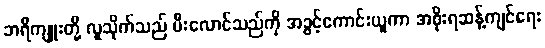
ဘရီကျူးတို့ လူသိုက်သည် မီးလောင်သည်ကို အခွင့်ကောင်းယူကာ အစိုးရဆန့်ကျင်ရေး